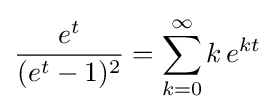
{\frac {e^{t}}{(e^{t}-1)^{2}}}=\sum _{k=0}^{\infty }k\,e^{kt}